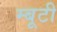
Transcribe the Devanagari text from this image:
म्बूटी